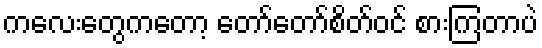
ကလေးတွေကတော့ တော်တော်စိတ်ဝင် စားကြတာပဲ